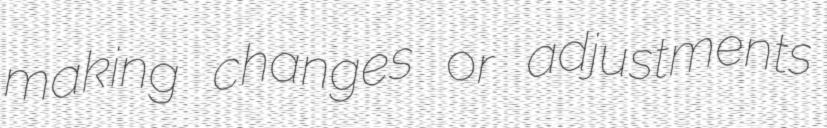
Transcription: making changes or adjustments